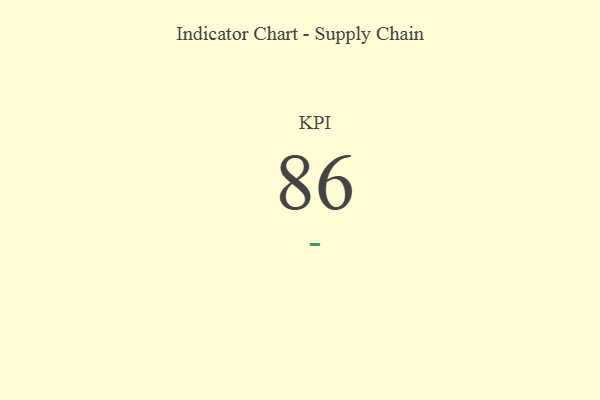
{"axis": {"x": "KPI", "y": "Value"}, "legend": [""], "data": [{"x": "KPI", "y": 86, "type": ""}]}